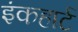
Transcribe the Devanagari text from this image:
इंकहार्ट